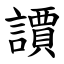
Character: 䜖